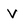
Character: V